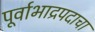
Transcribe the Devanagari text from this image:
पूर्वाभाद्रपदाचा